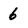
Character: 6